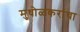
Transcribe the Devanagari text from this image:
मुधोळकरांचा